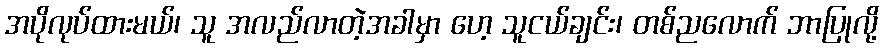
အပိုလုပ်ထားမယ်၊ သူ အလည်လာတဲ့အခါမှာ ဟေ့ သူငယ်ချင်း၊ တစ်ညလောက် ဘာပြုလို့